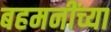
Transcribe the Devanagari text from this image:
बहमनींच्या